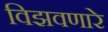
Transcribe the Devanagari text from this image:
विझवणारे